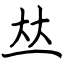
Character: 𠀤